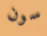
سون